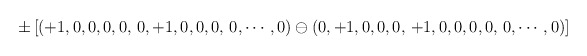
\begin{align*}\pm \left [ (+1,0,0,0,0, \, 0,+1,0,0,0,\, 0,\cdots, 0) \ominus(0,+1,0,0,0,\, +1,0,0,0,0, \, 0,\cdots, 0) \right ]\end{align*}